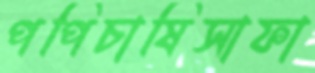
পপিচাষিসাফা